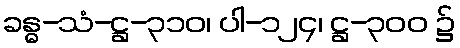
ခန္ဓ-သံ-ဋ္ဌ-၃၁၀၊ ပါ-၁၂၄၊ ဋ္ဌ-၃၀၀ ၌